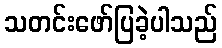
သတင်းဖော်ပြခဲ့ပါသည်